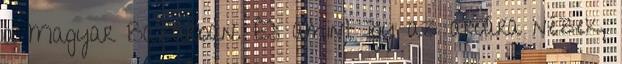
a Magyar Bazárban. És amint így az arcára nézek,